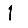
Digit: 1